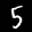
Label: 5